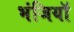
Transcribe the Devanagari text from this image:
भंजियाॅ